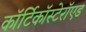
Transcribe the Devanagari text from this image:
कॉर्टिकॉस्टेरॉएड